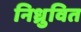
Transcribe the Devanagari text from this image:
निध्रुवित